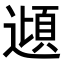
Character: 𮟂